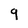
Character: q